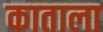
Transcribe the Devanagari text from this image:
काताला